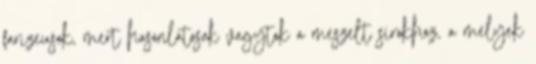
farizeusok, mert hasonlatosak vagytok a meszelt sírokhoz, a melyek